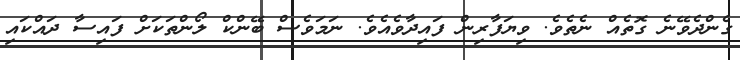
ގެންދެވޭނެ ގޮތެއް ނެތެވެ. ވިޔަފާރިން ފައިދާވެއެވެ. ނަމަވެސް ބޭންކް ލޯންތަކަށް ފައިސާ ދައްކައި